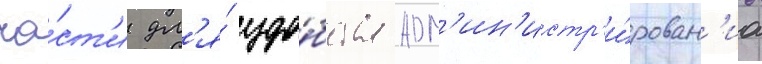
ча́ст'и дл'я́ удо́бства адм'ин'истр'и́рован'иа